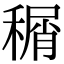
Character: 𬓹